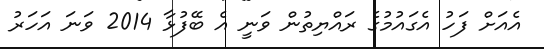
އެއަށް ފަހު އެގައުމުގެ ރައްޔިތުން ވަނީ އެ ބޭފުޅާ 2014 ވަނަ އަހަރު